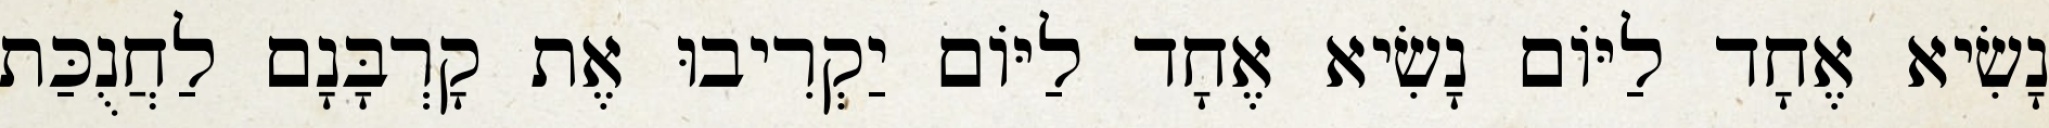
נָשִׂיא אֶחָד לַיּוֹם נָשִׂיא אֶחָד לַיּוֹם יַקְרִיבוּ אֶת קָרְבָּנָם לַחֲנֻכַּת